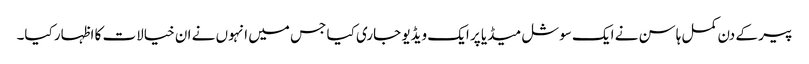
پیر کے دن کمل ہاسن نے ایک سوشل میڈیا پر ایک ویڈیو جاری کیا جس میں انہوں نے ان خیالات کا اظہار کیا۔